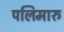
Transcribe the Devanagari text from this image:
पलिमारु